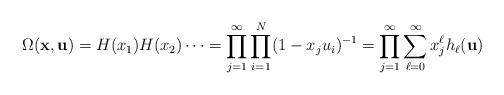
LaTeX: \begin{align*}\Omega(\mathbf{x}, \mathbf{u})= H(x_1) H(x_2) \cdots=\prod_{j=1}^\infty\prod_{i=1}^{N}(1-x_ju_i)^{-1}=\prod_{j=1}^\infty \sum_{\ell = 0}^\infty x_j^\ell h_\ell(\mathbf{u})\end{align*}